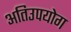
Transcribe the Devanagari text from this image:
अतिउपयोग